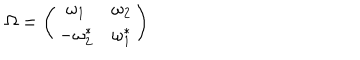
\Omega = \left( \begin{matrix} { { \omega _ { 1 } } } & { { \omega _ { 2 } } } \\ { { - \omega _ { 2 } ^ { * } } } & { { \omega _ { 1 } ^ { * } } } \\ \end{matrix} \right)